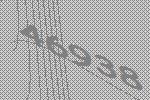
46938